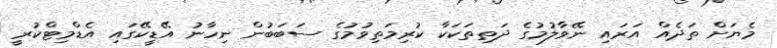
މެޔަށް ތަދެއް އަރައި ނޭވާލުމުގެ ދަތިތަކަކާ ކުރިމަތިވުމުގެ ސަބަބުން ނިހާނު އޭޑީކޭގައި އެޑްމިޓްކުރީ